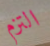
التزم